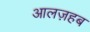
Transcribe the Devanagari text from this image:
आलज़हब